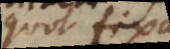
quot fixas